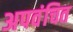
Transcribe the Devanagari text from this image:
अपवंचित